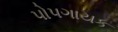
પોપગાયક